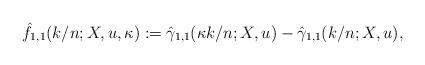
LaTeX: \begin{align*}\hat{f}_{1,1}(k/n;X,u,\kappa) := \hat{\gamma}_{1,1}(\kappa k/n;X,u)-\hat{\gamma}_{1,1}(k/n;X,u),\end{align*}